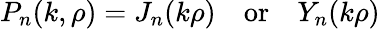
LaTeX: P_{n}(k,\rho)=J_{n}(k\rho)\, \, \, \, \, \, \mathrm{or}\, \, \, \, \, \, Y_{n}(k\rho)